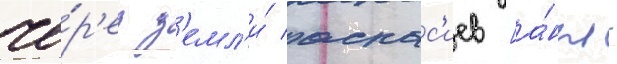
че́р'ез з'емл'и́ аспас'иев [а́нгл.